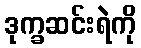
ဒုက္ခဆင်းရဲကို